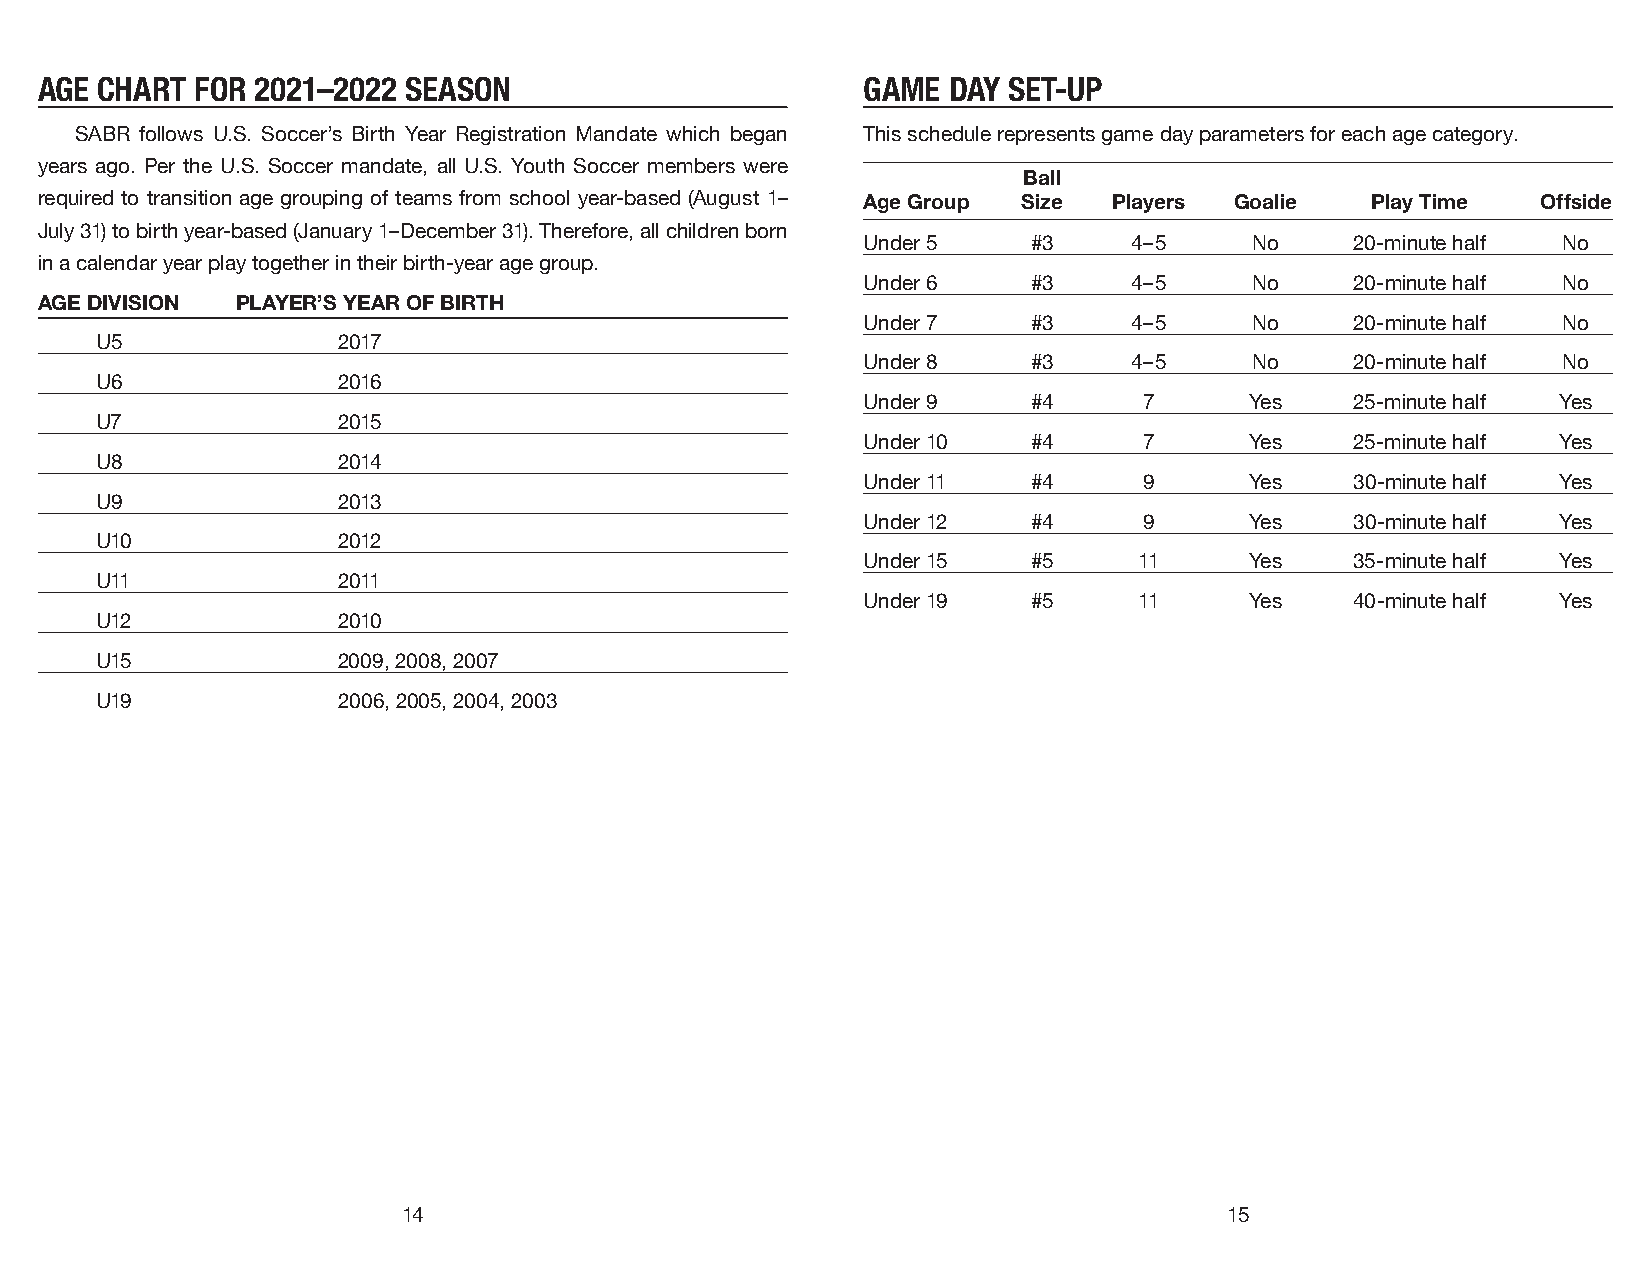
AGE CHART  FOR 2021–2022 SEASON                        GAME  DAY SET-UP
 SABR follows U.S. Soccer’s Birth Year Registration Mandate which began This schedule represents game day parameters for each age category.
 years ago. Per the U.S. Soccer mandate, all U.S. Youth Soccer members were
 Ball
 required to transition age grouping of teams from school year-based (August 1– Age Group Size Players Goalie Play Time Offside
 July 31) to birth year-based (January 1–December 31). Therefore, all children born
 Under 5    #3     4–5     No     20-minute half No
 in a calendar year play together in their birth-year age group.
 Under 6    #3     4–5     No     20-minute half No
 AGE DIVISION  PLAYER’S YEAR OF BIRTH
 Under 7    #3     4–5     No     20-minute half No
 U5              2017
 Under 8    #3     4–5     No     20-minute half No
 U6              2016
 Under 9    #4      7      Yes    25-minute half Yes
 U7              2015
 Under 10   #4      7      Yes    25-minute half Yes
 U8              2014
 Under 11   #4      9      Yes    30-minute half Yes
 U9              2013
 Under 12   #4      9      Yes    30-minute half Yes
 U10             2012
 Under 15   #5     11      Yes    35-minute half Yes
 U11             2011
 Under 19   #5     11      Yes    40-minute half Yes
 U12             2010
 U15             2009, 2008, 2007
 U19             2006, 2005, 2004, 2003
 14                                                    15